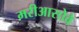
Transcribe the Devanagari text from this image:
मरीआसोवे